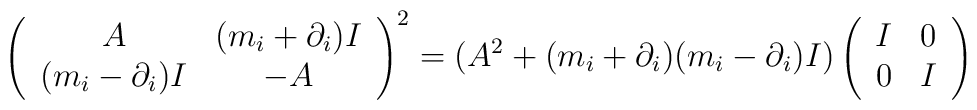
\left(\begin{array}{cc}A&(m_i+\partial_i)I\\(m_i-\partial_i)I&-A\end{array}\right)^2=(A^2+(m_i+\partial_i)(m_i-\partial_i)I)\left(\begin{array}{cc}I&0\\0&I\end{array}\right)